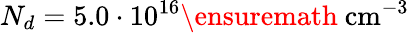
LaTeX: N_{d}=5.0\cdot 10^{16}\ensuremath{~\mathrm{cm}^{-3}}